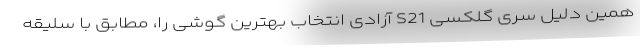
همین دلیل سری گلکسی S21 آزادی انتخاب بهترین گوشی را، مطابق با سلیقه